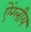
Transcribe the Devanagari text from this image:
ऐंग्लीय